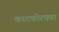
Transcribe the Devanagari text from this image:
काटकोरपणा